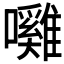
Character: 𭌲